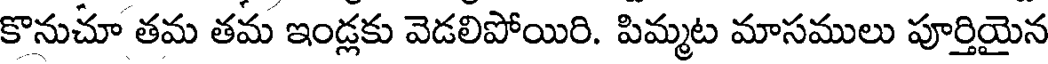
కొనుచూ తమ తమ ఇండ్లకు వెడలిపోయిరి. పిమ్మట మాసములు పూర్తియైన